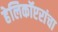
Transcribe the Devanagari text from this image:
हेलिकॉप्टरांचा